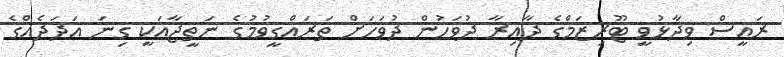
ރައީސް ވިދާޅުވީ ޓޫރިޒަމްގެ ދާއިރާ ދުވަހުން ދުވަހަށް ތަރައްގީވުމުގެ ނަތީޖާއަކީ ގިނަ އަދަދެއްގެ